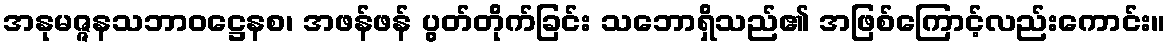
အနုမဇ္ဇနသဘာဝဋ္ဌေနစ၊ အဖန်ဖန် ပွတ်တိုက်ခြင်း သဘောရှိသည်၏ အဖြစ်ကြောင့်လည်းကောင်း။